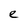
Character: e